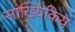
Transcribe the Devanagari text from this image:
सांख्यिकिय